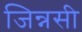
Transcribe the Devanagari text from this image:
जिन्नसी